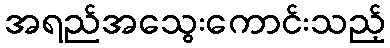
အရည်အသွေးကောင်းသည့်